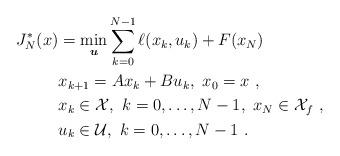
LaTeX: \begin{align*}J_N^{\ast}(x)&=\min_{\boldsymbol{u}} \sum_{k=0}^{N-1} \ell(x_k,u_k) + F(x_N) \\ \ &{x}_{k+1}=A{x}_{k}+B{u}_{k}, \ {x}_0=x \ , \\ &x_k \in \mathcal{X}, \ k=0,\dots, N-1, \ x_N \in \mathcal{X}_f \ ,\\&u_k \in \mathcal{U}, \ k=0,\dots, N-1 \ .\end{align*}